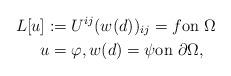
LaTeX: \begin{align*} L[u]:= {} & U^{ij} (w(d))_{ij} = f \textrm{on } \Omega \\u = {} & \varphi, w(d) = \psi \textrm{on } \partial \Omega,\end{align*}